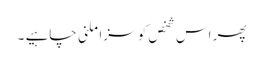
پھر اس شخص کو سزا ملنی چاہیے ۔